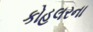
કોહલરના